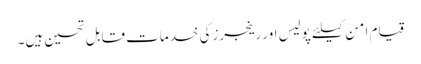
قیام امن کیلئے پولیس اور رینجرزکی خدمات قابل تحسین ہیں۔